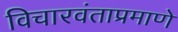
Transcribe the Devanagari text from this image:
विचारवंताप्रमाणे